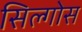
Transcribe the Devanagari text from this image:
सिल्गोस